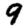
Digit: 9